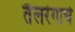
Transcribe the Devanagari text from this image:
तैलरंगाचे